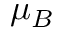
\mu _ { B }